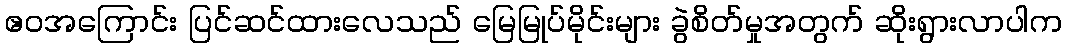
ဧဝအကြောင်း ပြင်ဆင်ထားလေသည် မြေမြုပ်မိုင်းများ ခွဲစိတ်မှုအတွက် ဆိုးရွားလာပါက